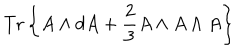
{ \mathrm { T r } } \left\{ A \wedge d A + \frac { 2 } { 3 } A \wedge A \wedge A \right\}